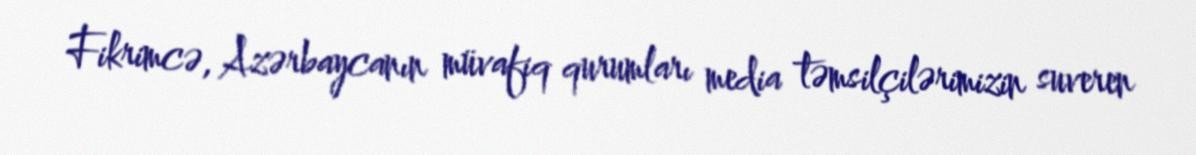
Fikrimcə, Azərbaycanın müvafiq qurumları media təmsilçilərimizin suveren